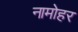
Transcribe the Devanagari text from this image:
नामोहर